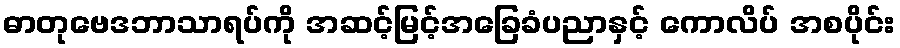
ဓာတုဗေဒဘာသာရပ်ကို အဆင့်မြင့်အခြေခံပညာနှင့် ကောလိပ် အစပိုင်း